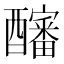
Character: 𰼖